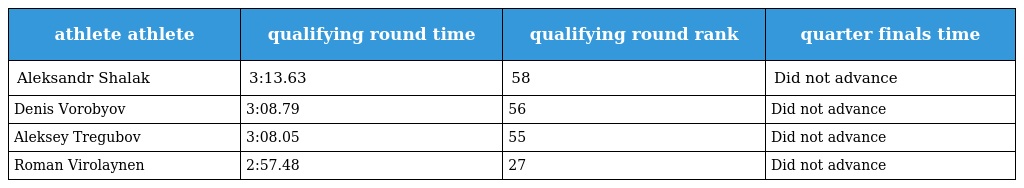
| athlete athlete | qualifying round time | qualifying round rank | quarter finals time |
 | --- | --- | --- | --- |
 | Aleksandr Shalak | 3:13.63 | 58 | Did not advance |
 | Denis Vorobyov | 3:08.79 | 56 | Did not advance |
 | Aleksey Tregubov | 3:08.05 | 55 | Did not advance |
 | Roman Virolaynen | 2:57.48 | 27 | Did not advance |